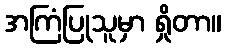
အကြံပြုသူမှာ ရှိုတာ။